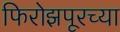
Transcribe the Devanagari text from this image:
फिरोझपूरच्या